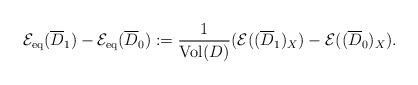
LaTeX: \begin{align*} \mathcal{E}_{\rm{eq}}(\overline{D}_1)-\mathcal{E}_{\rm{eq}}(\overline{D}_0):=\frac{1}{\mathrm{Vol}(D)}(\mathcal{E}((\overline{D}_1)_X)-\mathcal{E}((\overline{D}_0)_X). \end{align*}